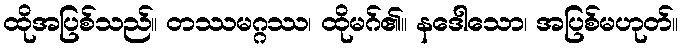
ထိုအပြစ်သည်။ တဿမဂ္ဂဿ၊ ထိုမဂ်၏။ နဒေါသော၊ အပြစ်မဟုတ်။